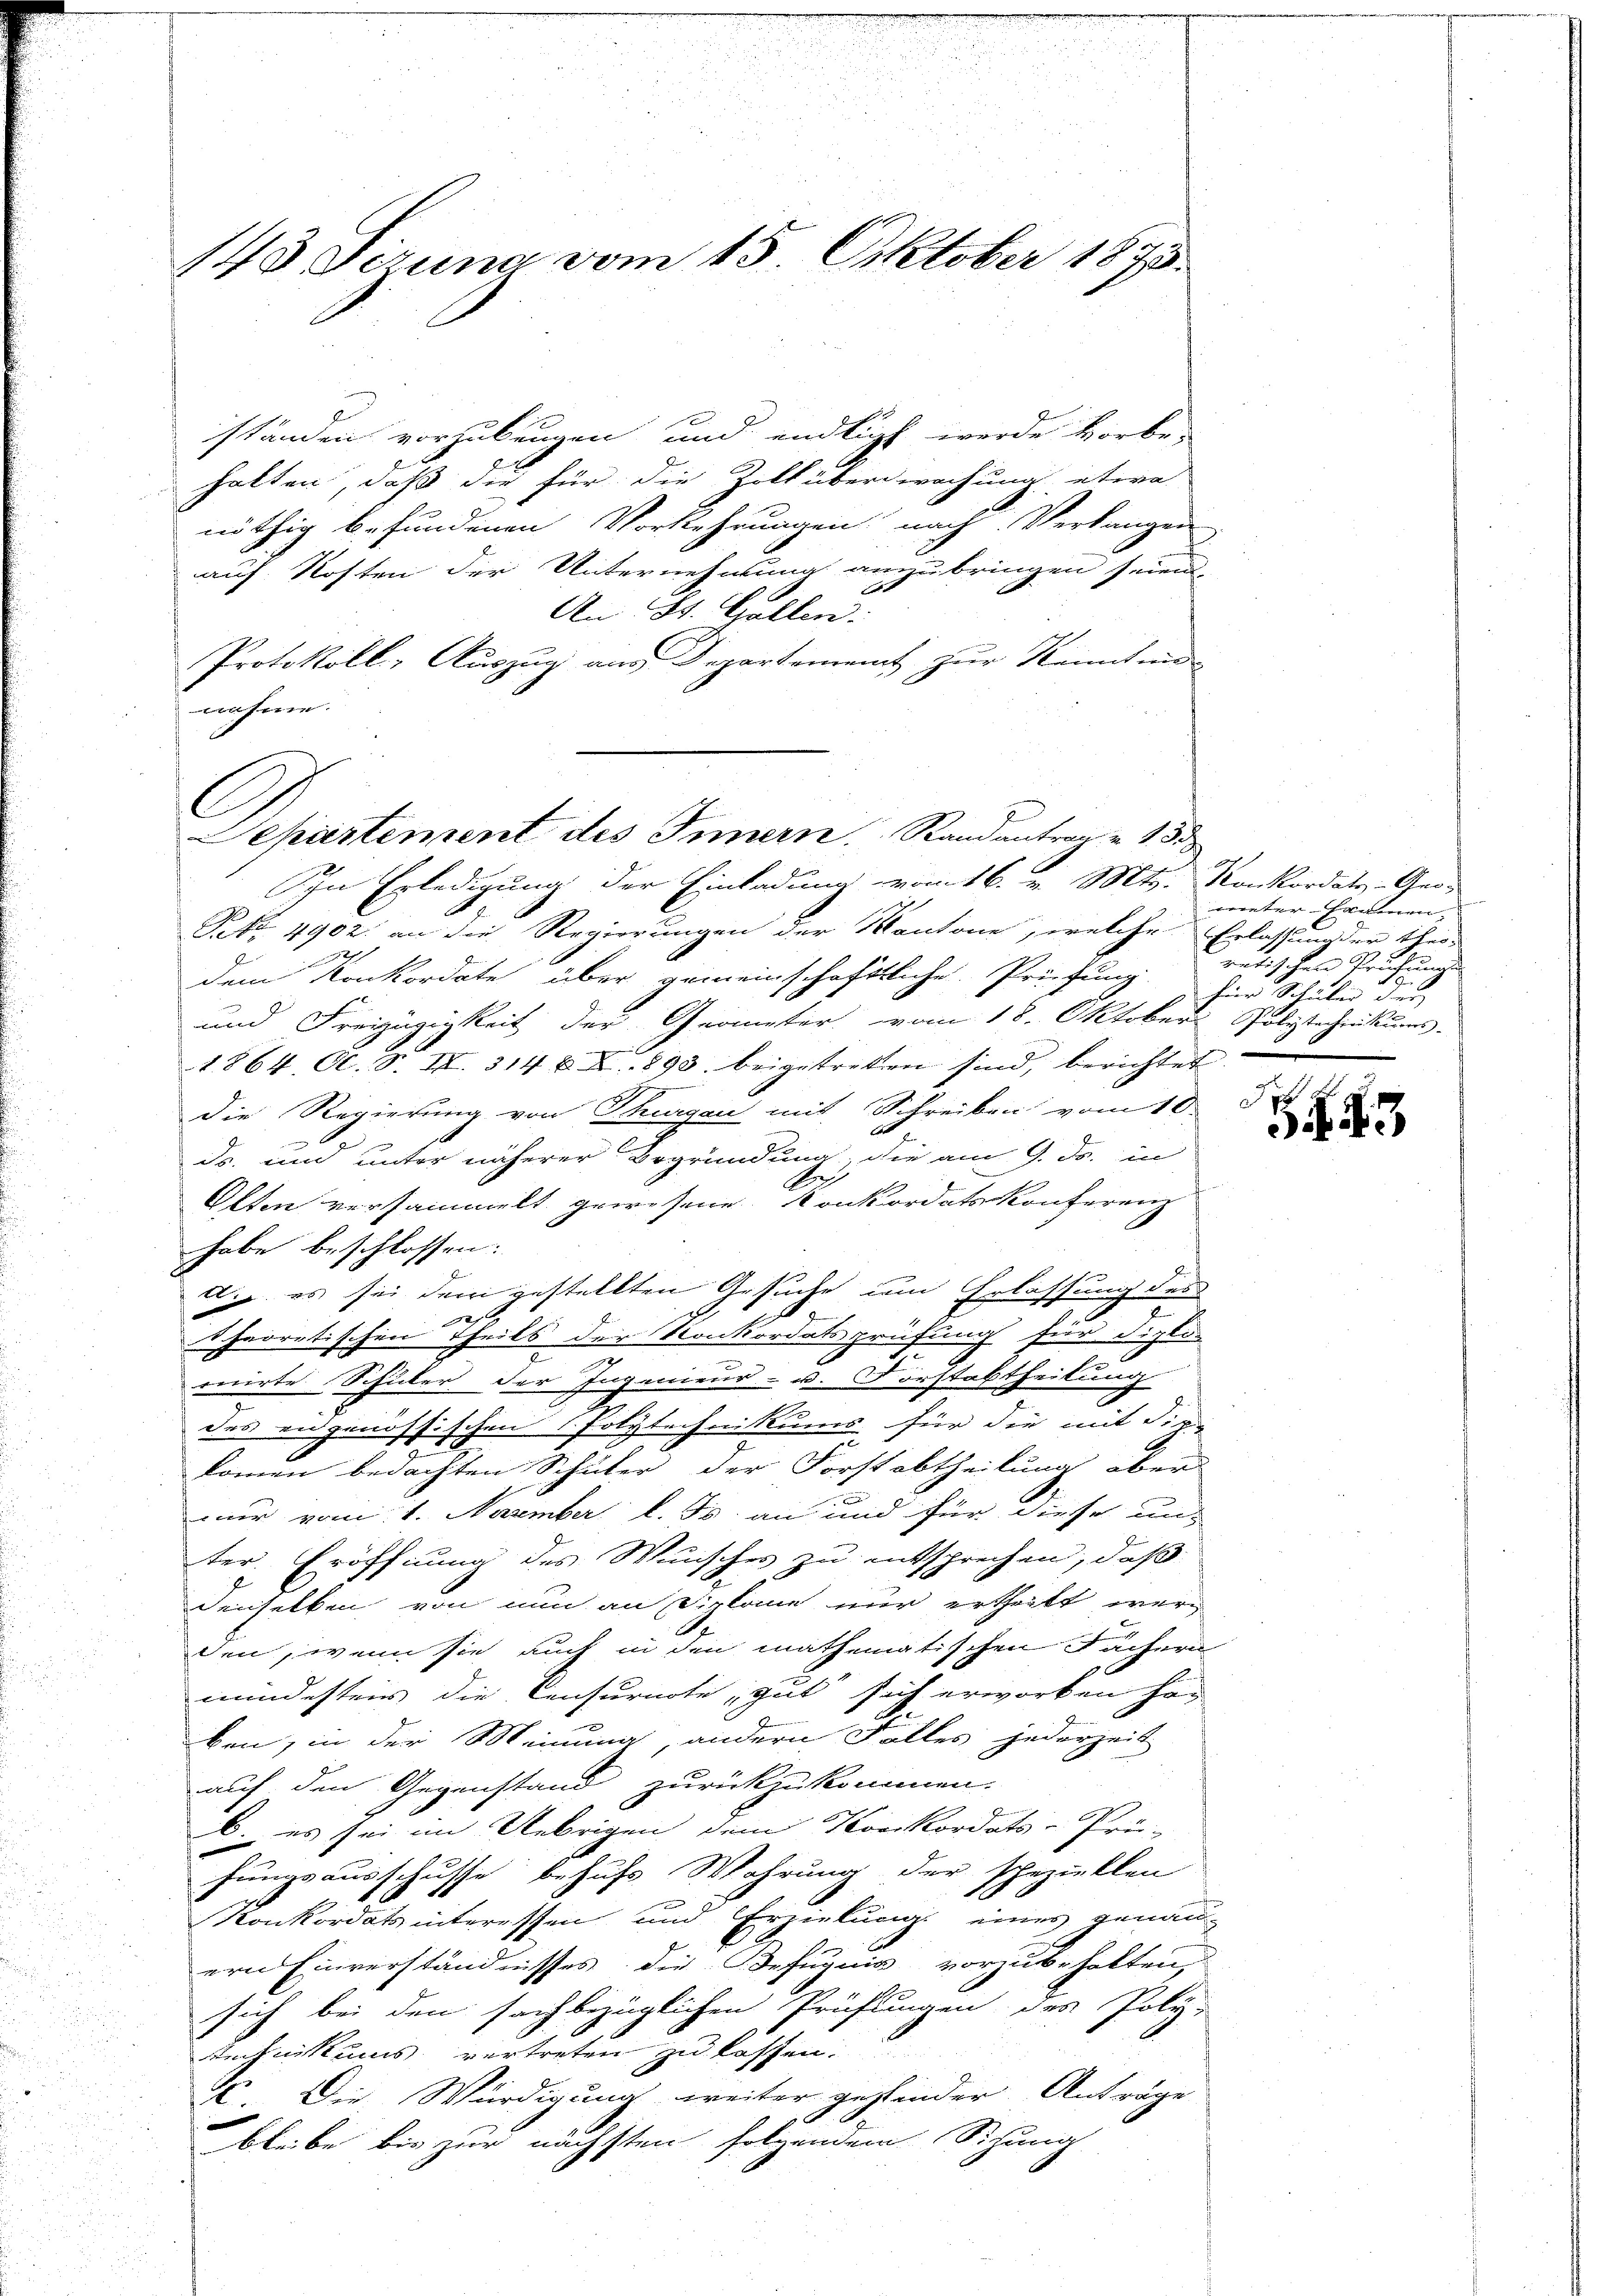
143 Sizung vom 15. Oktober 1873.

ständen vorzubeugen und endlicht werde vorbe-
halten, daß die für die Zoll überwachung etwa
nöthig befundenen Vorkehrungen nach Verlangen
auf Kosten der Unternehmung anzubringen seien.
e
An St. Gallen.
Protokoll; Auszug aus Departement zur Kennten-
nahme.

C
Separtement des Innern Randantrag u. 133
Ihn Erledigung der Einladung vom 16. v. Mts. Konkordats-Ge-

Frk. 4902. an die Regierungen der Kantone, welche Erlassung der theo-
2
aeren einen
dem Konkordate über gemeinschaftliche Prüfung
und Freizügigkeit der Geometer vom 18. Oktober Polytechnikums
1864, Al. S. IX. 314 u. X. 893 beigetreten sind, berichtet
die Regierung von Thurgau mit Schreiben vom 10.
s
ds. und unter näherer Begründung, die am 9. ds. in
A.
Olten versammelt gewesene Konkordatskonferenz
habe beschlossen:
d.J. es sei dem gestellten Gesuche um Erlassung des
8
2
Scharretischen Theils der Konkordatsprüfung für diplo-
e
onirte Schüler der Ingenieur- u. Forstabtheilung
des eidgenössischen Polytechnikums für die mit Dip-
kommen bedachten Schüler der Forstabtheilung aber
nur vom 1. November l. Js. an und für diese unter Eröffnung des Wunsches zu entsprechen, daß
denselben von nun an Siplome nur ertheilt werden, wenn sie auch in den mathematischen Fächern
mindestens die Censurnote, gut sich erworben han
ben, in der Meinung, andern Falles jederzeit
auf den Gegenstand zurückzukommen.
b. es sei im Uebrigen dem Konkordats-Prü-
hungsausschusse behufs Wahrung der scheziellen
Konkordats interessen und Erzielung eines genau
ern Einverständnisses die Befugnis vorzubehalten,
sich bei den sachbezüglichen Prüfungen des Poly-
Rechnikums vertreten zu koffen.
X. Die Würdigung weiter gehinder Anträge
bleibe bis zur nächsten folgendem Sihung

meter-Haumen
retischen Prüfungs
hier Schulen des

d
43